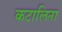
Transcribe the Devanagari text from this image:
कटालिना